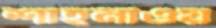
শাহনাওয়